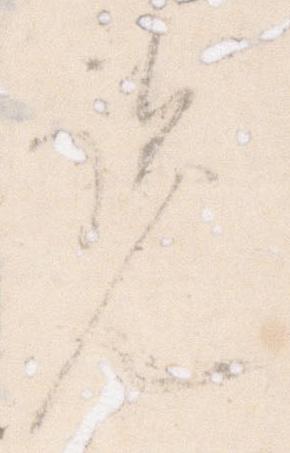
覧